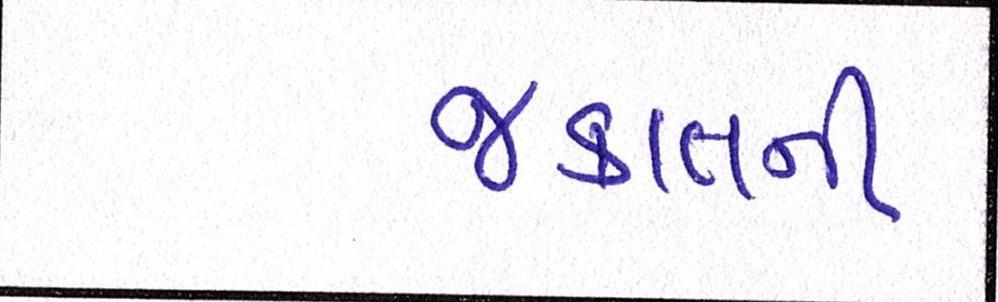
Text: જકાતની